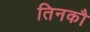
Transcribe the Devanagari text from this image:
तिनकौ